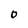
Character: 0